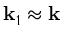
{ \bf k } _ { 1 } \approx { \bf k }